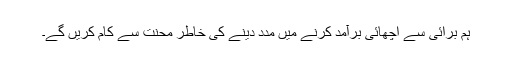
ہم برائی سے اچھائی برآمد کرنے میں مدد دینے کی خاطر محنت سے کام کریں گے۔